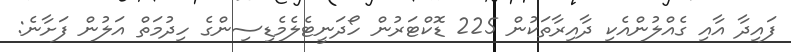
ފައިދާ އާއި ގެއްލުންއެކި ދާއިރާތަކުން 225 ޑޮކްޓަރުން ހޯދަނީޓެލެމެޑިސިންގެ ހިދުމަތް އަލުން ފަށާނެ: